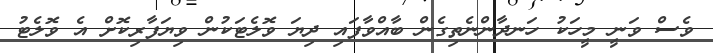
ވެސް ވަނީ މީހަކު ހަނދާންނެތިގެން ބާއްވާފައި ދިޔަ ވޮލެޓަކުން ވިޔަފާރިކޮށް އެ ވޮލެޓު